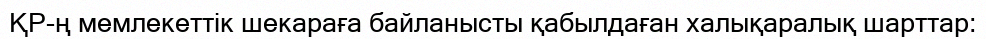
ҚР-ң мемлекеттік шекараға байланысты қабылдаған халықаралық шарттар: